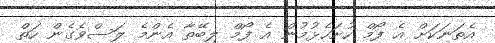
އެތަނަކަށް އެ ފޯމް ހުށަހެޅުމުން އެ ފޯމް ލިބޭތާ އެންމެ ލަސްވެގެން ހަތް